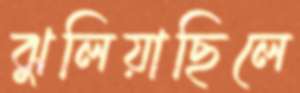
ঝুলিয়াছিলে